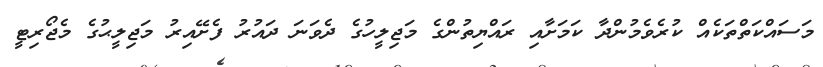
މަސައްކަތްތަކެއް ކުރެވެމުންދާ ކަމަށާއި ރައްޔިތުންގެ މަޖިލީހުގެ ދެވަނަ ދައުރު ފެށޭއިރު މަޖިލީޙުގެ މެޖޯރިޓީ